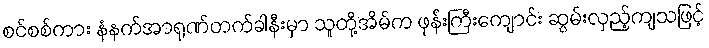
စင်စစ်ကား နံနက်အာရုဏ်တက်ခါနီးမှာ သူတို့အိမ်က ဖုန်းကြီးကျောင်း ဆွမ်းလှည့်ကျသဖြင့်